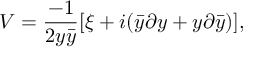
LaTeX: V = { \frac { - 1 } { 2 y \bar { y } } } [ \xi + i ( \bar { y } \partial y + y \partial \bar { y } ) ] ,